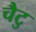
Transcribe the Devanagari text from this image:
चैटु